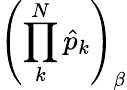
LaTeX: \left(\prod_{k}^{N}\hat{p}_{k}\right)_{\beta}